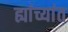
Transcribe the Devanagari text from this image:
ह्यांच्यांत